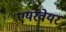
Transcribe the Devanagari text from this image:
एयरवेयर